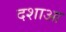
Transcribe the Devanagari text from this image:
दशाआ